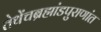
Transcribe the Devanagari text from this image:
तेथेंचब्रह्मांडपुराणांत